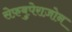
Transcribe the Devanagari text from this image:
सेफ़बुपेराज़ोन